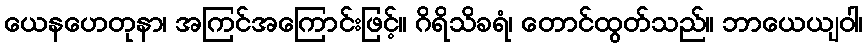
ယေနဟေတုနာ၊ အကြင်အကြောင်းဖြင့်။ ဂိရိသိခရံ၊ တောင်ထွတ်သည်။ ဘာယေယျဝါ၊